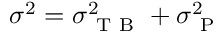
\sigma ^ { 2 } = \sigma _ { \mathrm { ~ T ~ B ~ } } ^ { 2 } + \sigma _ { \mathrm { ~ P ~ } } ^ { 2 }